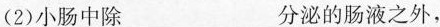
(2)小肠中除___分泌的肠液之外，